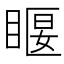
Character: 𥈔